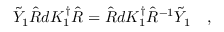
\tilde { Y } _ { 1 } \hat { R } d K _ { 1 } ^ { \dagger } \hat { R } = \hat { R } d K _ { 1 } ^ { \dagger } \hat { R } ^ { - 1 } \tilde { Y } _ { 1 } \quad ,